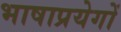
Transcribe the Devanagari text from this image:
भाषाप्रयेगों